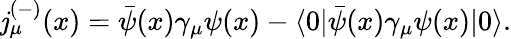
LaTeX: \mathit{j}_{\mu}^{(-)}(x)=\bar{{\psi}}(x)\gamma_{\mu}\psi(x)-\langle0|\bar{{\psi}}(x)\gamma_{\mu}\psi(x)|0\rangle.